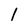
Character: 1